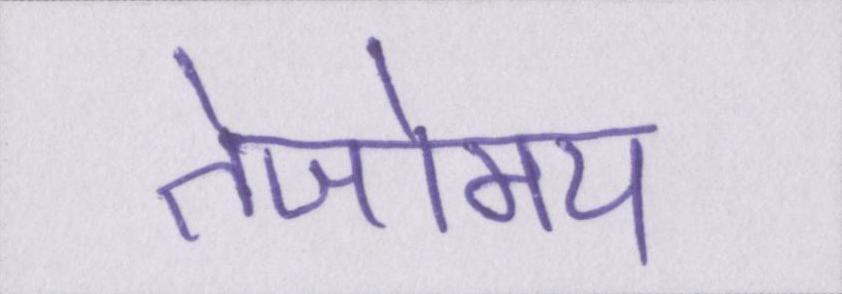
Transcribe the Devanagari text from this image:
तेजोमय